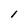
Character: l